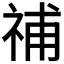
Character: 𥙷